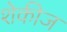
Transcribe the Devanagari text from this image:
शेकीज